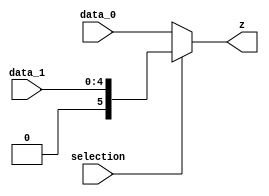
module mux_instruction_selector #(
	parameter M=6,//Multiplex's Number of bits
	parameter N=1//Number of bits in 'selection'
)


(
input [N-1:0]selection,
input [M-2:0] data_1, 
input [M-1:0] data_0,
output [M-1:0] z
);

assign z=(selection==1)? data_1:data_0;

endmodule